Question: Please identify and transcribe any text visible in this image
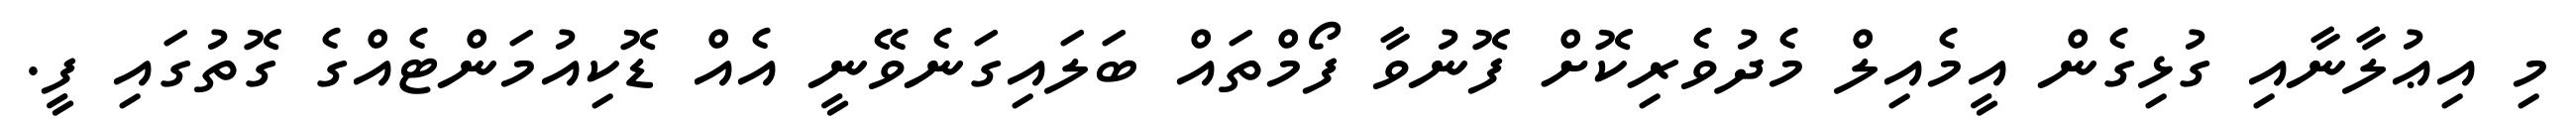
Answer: މި އިޢުލާނާއި ގުޅިގެން އީމެއިލް މެދުވެރިކޮށް ފޮނުވާ ފޯމްތައް ބަލައިގަނެވޭނީ އެއް ޑޮކިއުމަންޓެއްގެ ގޮތުގައި ފީ.